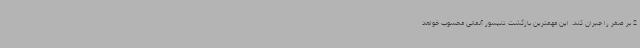
2 بر صفر را جبران کند. این مهمترین بازگشت تنیسور آلمانی محسوب خواهد